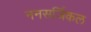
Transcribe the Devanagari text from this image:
ननसर्जिकल